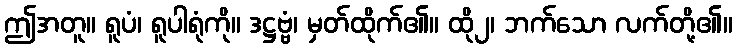
ဤအတူ။ ရူပံ၊ ရူပါရုံကို။ ဒဋ္ဌဗ္ဗံ၊ မှတ်ထိုက်၏။ ထို၂၊ ဘက်သော လက်တို့၏။